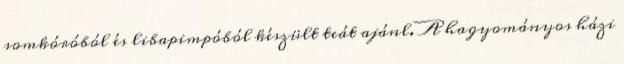
somkóróból és libapimpóból készült teát ajánl. A hagyományos házi